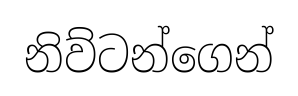
නිව්ටන්ගෙන්